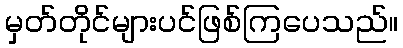
မှတ်တိုင်များပင်ဖြစ်ကြပေသည်။